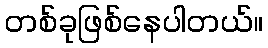
တစ်ခုဖြစ်နေပါတယ်။